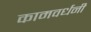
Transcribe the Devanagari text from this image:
कामवर्धनी